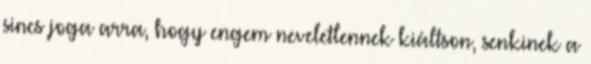
sincs joga arra, hogy engem neveletlennek kiáltson, senkinek a